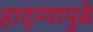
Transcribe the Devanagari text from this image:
हाद्ग्यापुढे